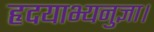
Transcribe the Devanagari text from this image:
हृदयाभ्यनुज्ञा।